Etiology and epidemiology of plague
Disease focus: Plague
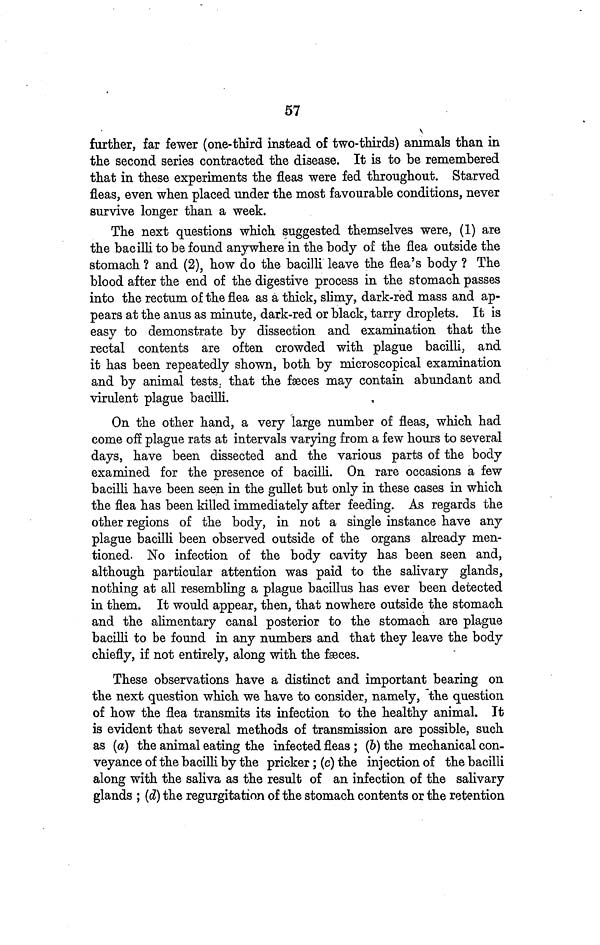
57
further, far fewer (one-third instead of two-thirds) animals than in
the second series contracted the disease. It is to be remembered
that in these experiments the fleas were fed throughout. Starved
fleas, even when placed under the most favourable conditions, never
survive longer than a week.
The next questions which suggested themselves were, (1) are
the bacilli to be found anywhere in the body of the flea outside the
stomach ? and (2), how do the bacilli leave the flea's body ? The
blood after the end of the digestive process in the stomach passes
into the rectum of the flea as a thick, slimy, dark-red mass and ap-
pears at the anus as minute, dark-red or black, tarry droplets. It is
easy to demonstrate by dissection and examination that the
rectal contents are often crowded with plague bacilli, and
it has been repeatedly shown, both by microscopical examination
and by animal tests, that the fæces may contain abundant and
virulent plague bacilli.
On the other hand, a very large number of fleas, which had
come off plague rats at intervals varying from a few hours to several
days, have been dissected and the various parts of the body
examined for the presence of bacilli. On rare occasions a few
bacilli have been seen in the gullet but only in these cases in which
the flea has been killed immediately after feeding. As regards the
other regions of the body, in not a single instance have any
plague bacilli been observed outside of the organs already men-
tioned. No infection of the body cavity has been seen and,
although particular attention was paid to the salivary glands,
nothing at all resembling a plague bacillus has ever been detected
in them. It would appear, then, that nowhere outside the stomach
and the alimentary canal posterior to the stomach are plague
bacilli to be found in any numbers and that they leave the body
chiefly, if not entirely, along with the fæces.
These observations have a distinct and important bearing on
the next question which we have to consider, namely, the question
of how the flea transmits its infection to the healthy animal. It
is evident that several methods of transmission are possible, such
as (a) the animal eating the infected fleas ; (b) the mechanical con-
veyance of the bacilli by the pricker; (c) the injection of the bacilli
along with the saliva as the result of an infection of the salivary
glands ; (d) the regurgitation of the stomach contents or the retention